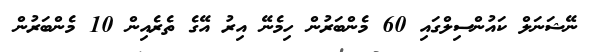
ނޭޝަނަލް ކައުންސިލްގައި 60 މެންބަރުން ހިމެނޭ އިރު އޭގެ ތެރެއިން 10 މެންބަރުން